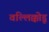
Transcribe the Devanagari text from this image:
वल्लिक्कोडू